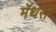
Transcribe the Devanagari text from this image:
मॅथर्स